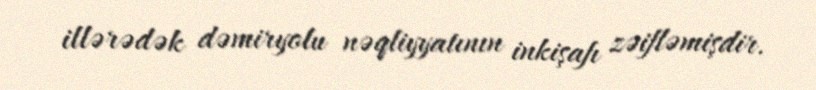
illərədək dəmiryolu nəqliyyatının inkişafı zəifləmişdir.